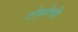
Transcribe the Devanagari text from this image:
टोगोची